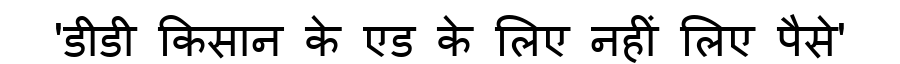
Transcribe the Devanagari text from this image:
'डीडी किसान के एड के लिए नहीं लिए पैसे'